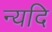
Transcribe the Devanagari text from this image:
न्यदि